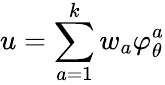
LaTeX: u=\sum_{a=1}^{k}w_{a}\varphi_{\theta}^{a}